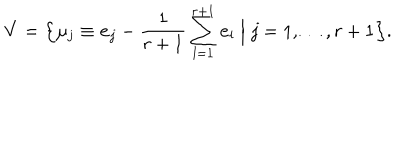
{ \bf V } = \Bigl \{ \mu _ { j } \equiv { \bf e } _ { j } - \frac { 1 } { r + 1 } \sum _ { l = 1 } ^ { r + 1 } { \bf e } _ { l } \Bigm | j = 1 , \ldots , r + 1 \Bigr \} .